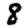
Digit: 8